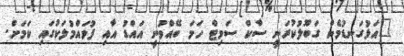
"އަޅުގަނޑުމެން ގަބޫލުކުރަނީ ސާކް ސަމިޓް ހަމަ ބޭއްވުނީ އައްޑު އާއި ފުވައްމުލަކުގައި ކަމަށް.